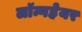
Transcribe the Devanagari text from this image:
लॉन्गहेयर